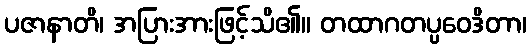
ပဇာနာတိ၊ အပြားအားဖြင့်သိ၏။ တထာဂတပ္ပဝေဒိတာ၊